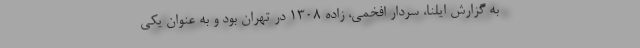
به گزارش ایلنا، سردار افخمی، زاده ۱۳۰۸ در تهران بود و به عنوان یکی